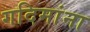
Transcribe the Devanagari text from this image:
गदिमांना